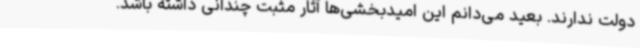
دولت ندارند. بعید می‌دانم این امیدبخشی‌ها آثار مثبت چندانی داشته باشد.